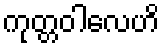
ကုတ္တဝါလေဟိ